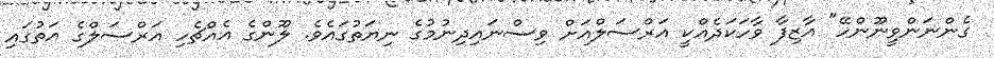
ގެންނަންވީނޫންހޭ" އާޒިފާ ވާހަކަދެއްކީ އަރްސަލްއަށް ވިސްނައިދިނުމުގެ ނިޔަތުގައެވެ. ލޫންގެ އެއްޗެހި އަރްސަލްގެ އަތުގައި